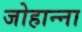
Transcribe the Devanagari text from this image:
जोहान्ना